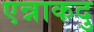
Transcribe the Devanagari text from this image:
एन्नाकदु